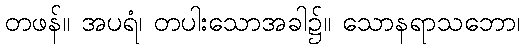
တဖန်။ အပရံ၊ တပါးသောအခါ၌။ သောနရာသဘော၊